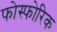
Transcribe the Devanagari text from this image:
फोस्फोरिक